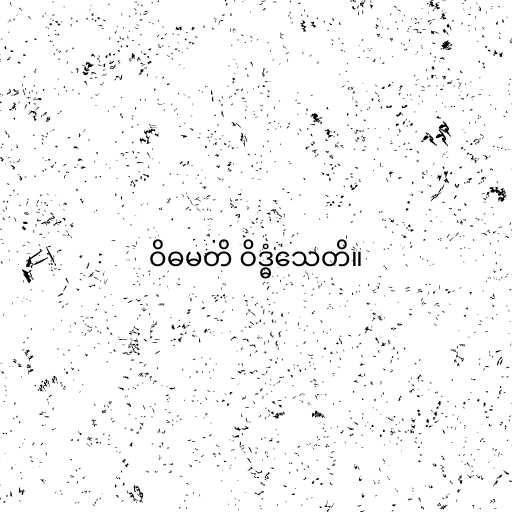
ဝိဓမတိ ဝိဒ္ဓံသေတိ။